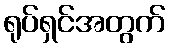
ရုပ်ရှင်အတွက်